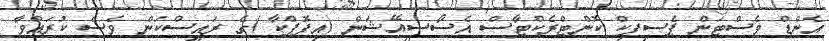
އެންޑް ވެސްޓަން ޕެސިފިކް ކޮންޓްރެކްޓާސް އެސޯސިއޭޝަން (އިފޮޕްކާ )ގެ ރައީސްކަން ވެސް ކުރައްވާ